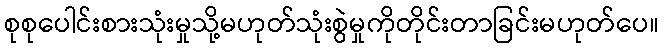
စုစုပေါင်းစားသုံးမှုသို့မဟုတ်သုံးစွဲမှုကိုတိုင်းတာခြင်းမဟုတ်ပေ။